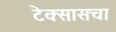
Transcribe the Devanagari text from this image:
टेक्सासचा